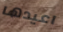
اعيدها